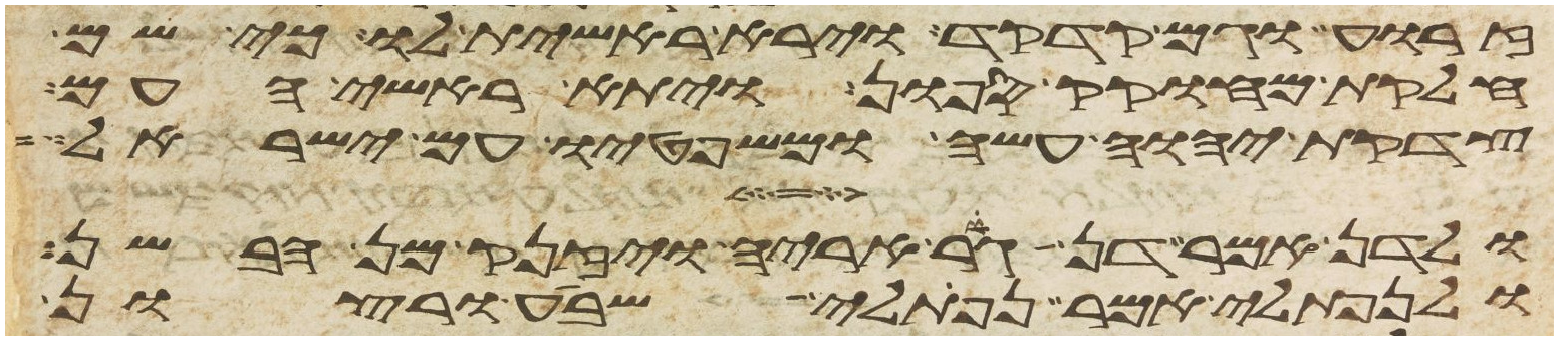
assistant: זרוע גם קדקד וירא ראשית לו כי שם
חלקת מחוקק ספון ויתא ראשי העם
צדקת יהוה עשה ומשפטיו עם ישראל
ולדן אמר דן גור אריה ויזנק מן הבשן
ולנפתלי אמר נפתלי שבע ורצון